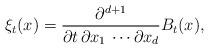
LaTeX: \begin{align*}\xi_t(x) = \frac{\partial^{d+1}}{\partial t\,\partial x_1\,\cdots\partial x_d} B_t(x),\end{align*}